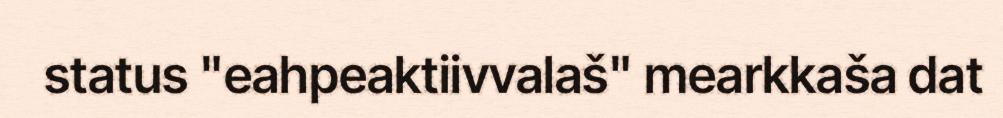
status "eahpeaktiivvalaš" mearkkaša dat